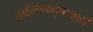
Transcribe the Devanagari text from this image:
तात्त्विकदृष्ट्याही